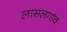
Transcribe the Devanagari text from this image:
लासलगांव